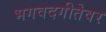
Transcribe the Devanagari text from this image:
भगवदगीतेवर